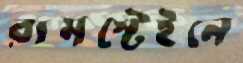
রামস্টেইনে